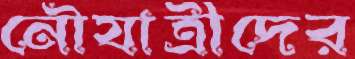
নৌযাত্রীদের